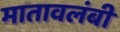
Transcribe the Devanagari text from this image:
मातावलंबी